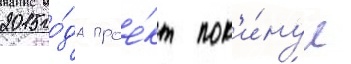
2015 го́да прое́кт пок'и́нул